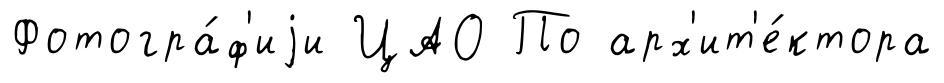
Фотогра́ф'иjи ЦАО По арх'ит'е́ктора